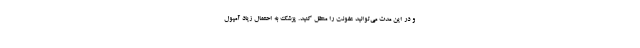
و در این مدت می‌توانید عفونت را منتقل کنید. پزشک به احتمال زیاد آمپول